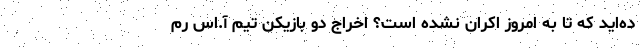
ده‌اید که تا به امروز اکران نشده است؟ اخراج دو بازیکن تیم آ.اس رم